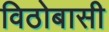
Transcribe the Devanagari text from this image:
विठोबासी